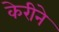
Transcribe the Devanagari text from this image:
केरीने